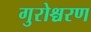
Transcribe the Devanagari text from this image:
गुरोश्चरण